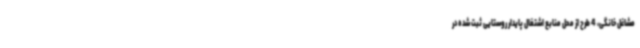
مشاغل خانگی، 4 طرح از محل منابع اشتغال پایدار روستایی ثبت شده در